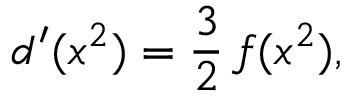
d ^ { \prime } ( x ^ { 2 } ) = { \frac { 3 } { 2 } } \, f ( x ^ { 2 } ) ,